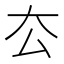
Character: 厺